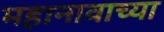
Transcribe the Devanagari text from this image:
महानावाच्या